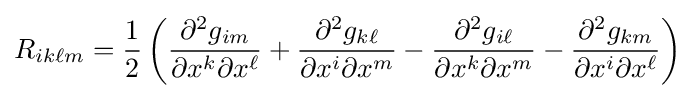
R_{ik\ell m}={\frac {1}{2}}\left({\frac {\partial ^{2}g_{im}}{\partial x^{k}\partial x^{\ell }}}+{\frac {\partial ^{2}g_{k\ell }}{\partial x^{i}\partial x^{m}}}-{\frac {\partial ^{2}g_{i\ell }}{\partial x^{k}\partial x^{m}}}-{\frac {\partial ^{2}g_{km}}{\partial x^{i}\partial x^{\ell }}}\right)